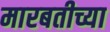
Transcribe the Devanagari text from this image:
मारबतीच्या